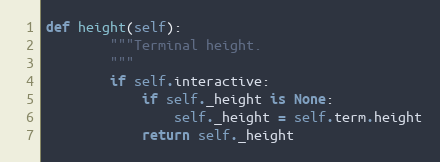
Language: Python
def height(self):
        """Terminal height.
        """
        if self.interactive:
            if self._height is None:
                self._height = self.term.height
            return self._height